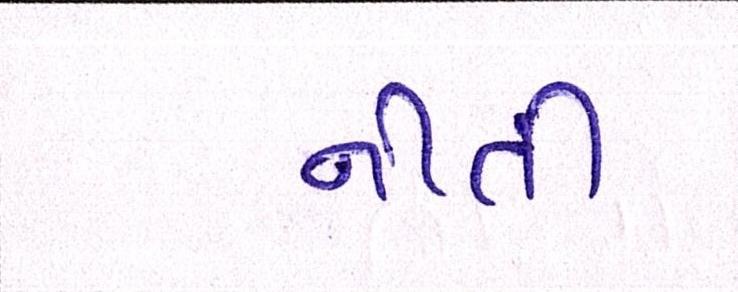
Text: નીતી